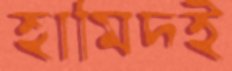
হামিদই